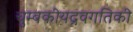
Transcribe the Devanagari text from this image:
चुम्बकीयद्रवगतिकी